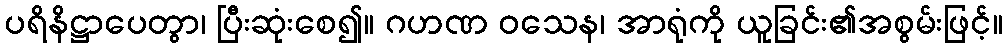
ပရိနိဋ္ဌာပေတွာ၊ ပြီးဆုံးစေ၍။ ဂဟဏ ဝသေန၊ အာရုံကို ယူခြင်း၏အစွမ်းဖြင့်။